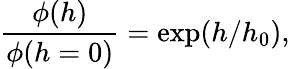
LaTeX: \frac{\phi(h)}{\phi(h=0)}=\exp(h/h_{0}),